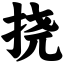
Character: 挠